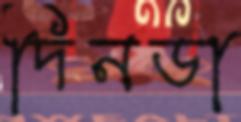
দিনডা